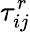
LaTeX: \tau_{ij}^{r}